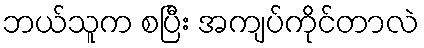
ဘယ်သူက စပြီး အကျပ်ကိုင်တာလဲ